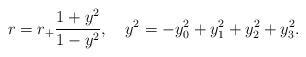
LaTeX: \begin{align*}r=r_+\frac{1+y^2}{1-y^2}, \ \ \ y^2=-y_0^2+y_1^2+y_2^2+y_3^2.\end{align*}